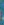
.